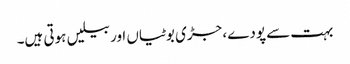
بہت سے پودے، جڑی بوٹیاں اور بیلیں ہوتی ہیں۔